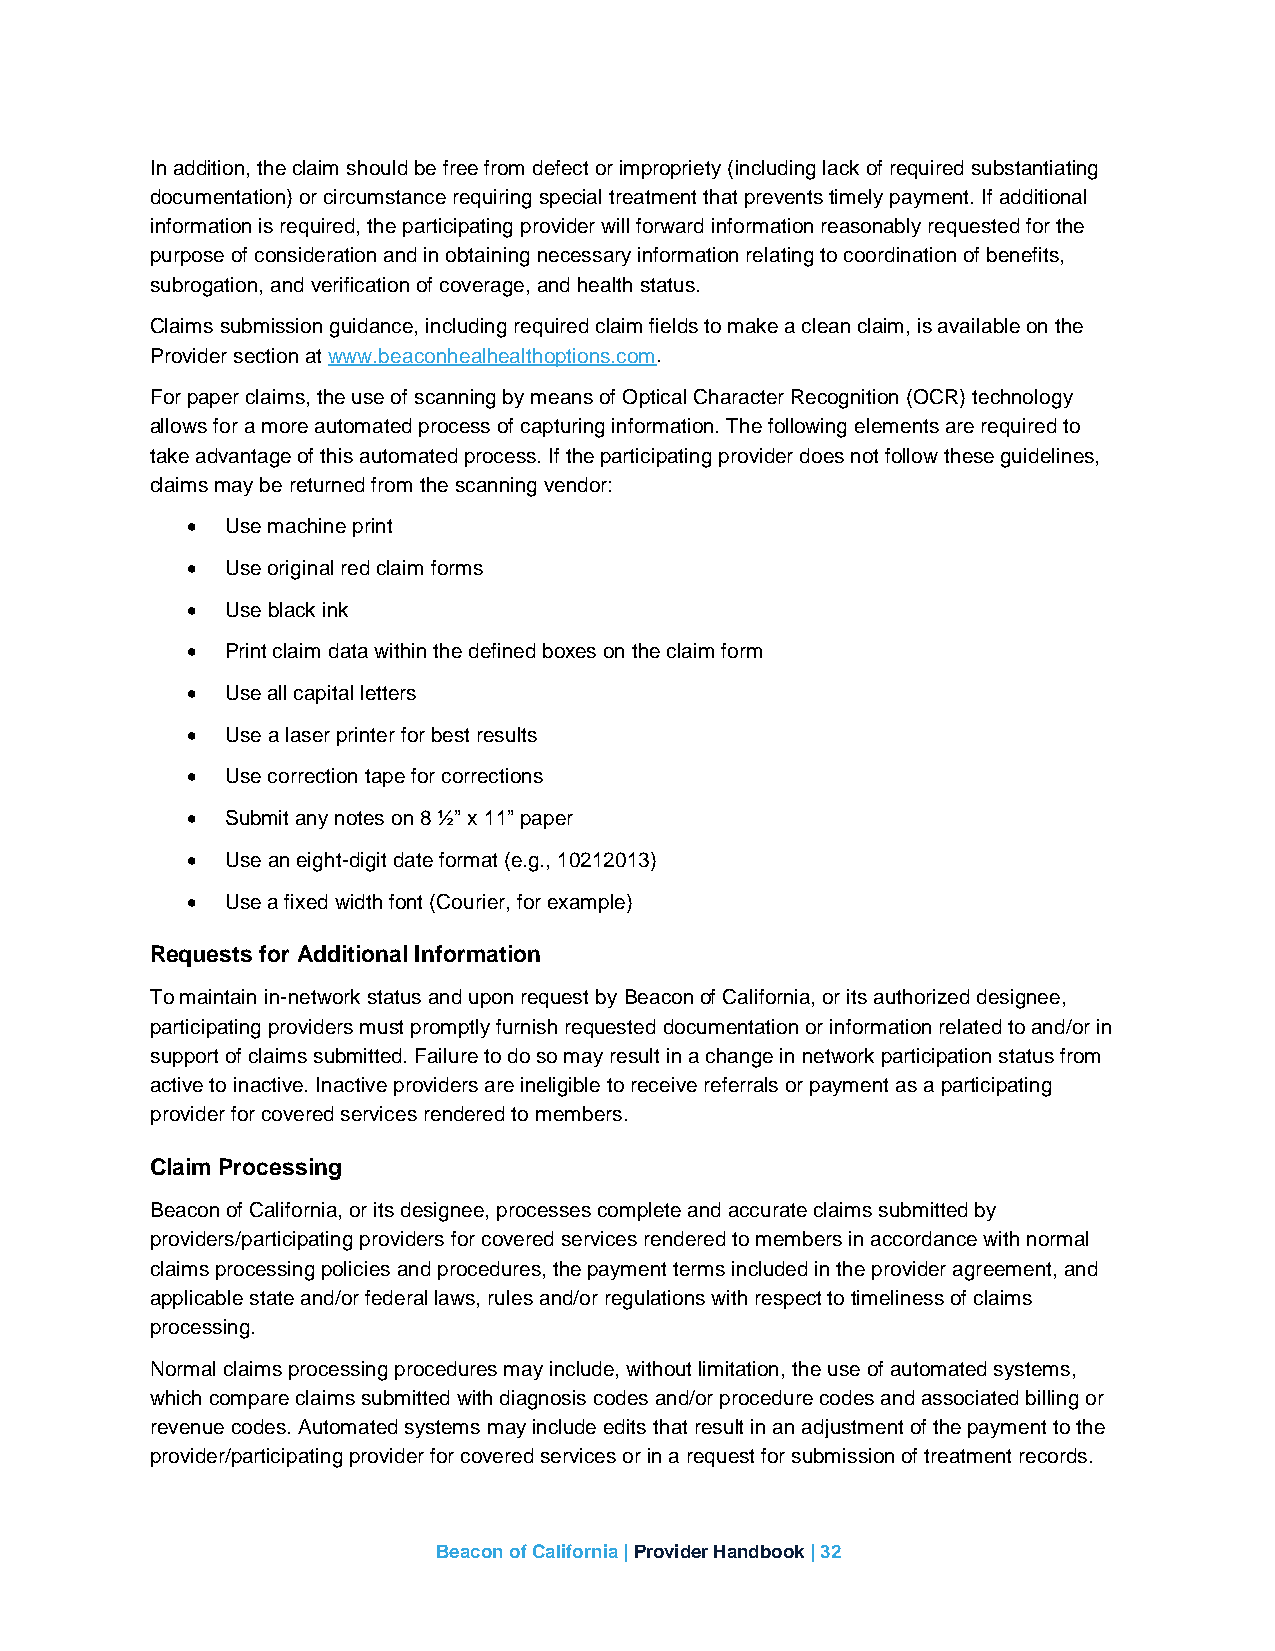
In addition, the claim should be free from defect or impropriety (including lack of required substantiating
 documentation) or circumstance requiring special treatment that prevents timely payment. If additional
 information is required, the participating provider will forward information reasonably requested for the
 purpose of consideration and in obtaining necessary information relating to coordination of benefits,
 subrogation, and verification of coverage, and health status.
 Claims submission guidance, including required claim fields to make a clean claim, is available on the
 Provider section at www.beaconhealhealthoptions.com.
 For paper claims, the use of scanning by means of Optical Character Recognition (OCR) technology
 allows for a more automated process of capturing information. The following elements are required to
 take advantage of this automated process. If the participating provider does not follow these guidelines,
 claims may be returned from the scanning vendor:
 •  Use machine print
 •  Use original red claim forms
 •  Use black ink
 •  Print claim data within the defined boxes on the claim form
 •  Use all capital letters
 •  Use a laser printer for best results
 •  Use correction tape for corrections
 •  Submit any notes on 8 ½” x 11” paper
 •  Use an eight-digit date format (e.g., 10212013)
 •  Use a fixed width font (Courier, for example)
 Requests for Additional Information
 To maintain in-network status and upon request by Beacon of California, or its authorized designee,
 participating providers must promptly furnish requested documentation or information related to and/or in
 support of claims submitted. Failure to do so may result in a change in network participation status from
 active to inactive. Inactive providers are ineligible to receive referrals or payment as a participating
 provider for covered services rendered to members.
 Claim Processing
 Beacon of California, or its designee, processes complete and accurate claims submitted by
 providers/participating providers for covered services rendered to members in accordance with normal
 claims processing policies and procedures, the payment terms included in the provider agreement, and
 applicable state and/or federal laws, rules and/or regulations with respect to timeliness of claims
 processing.
 Normal claims processing procedures may include, without limitation, the use of automated systems,
 which compare claims submitted with diagnosis codes and/or procedure codes and associated billing or
 revenue codes. Automated systems may include edits that result in an adjustment of the payment to the
 provider/participating provider for covered services or in a request for submission of treatment records.
 Beacon of California | Provider Handbook | 32